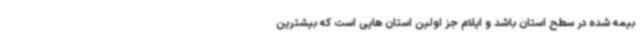
بیمه شده در سطح استان باشد و ایلام جز اولین استان هایی است که بیشترین